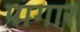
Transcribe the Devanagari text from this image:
पागार